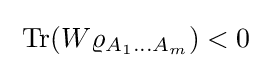
\;\operatorname {Tr} (W\varrho _{A_{1}\ldots A_{m}})<0